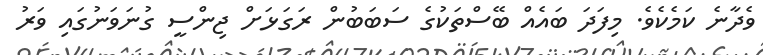
ވެދާނެ ކަމެކެވެ. މިފަދަ ބައެއް ބޭސްތަކުގެ ސަބަބުން ރަގަޅަށް ޖިންސީ ގުނަވަނުގައި ވަރު